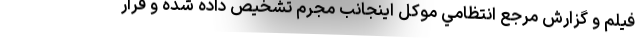
فيلم و گزارش مرجع انتظامي موكل اينجانب مجرم تشخيص داده شده و قرار